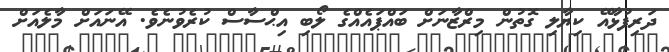
ދަރިފުޅާއޭ ކިޔާލި ގޮތުން މިރްޒާނަށް ބައްޕައެއްގެ ލޯބި އިޙްސާސް ކުރެވުނެވެ. އޭނައަށް މާލެއަށް